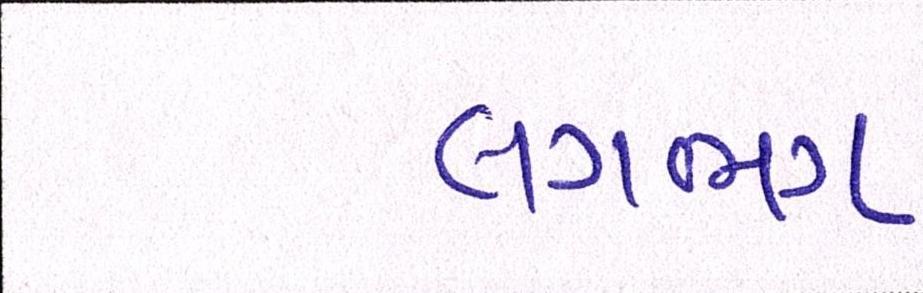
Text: લગભગ